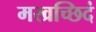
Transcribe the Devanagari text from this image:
मखच्छिदं